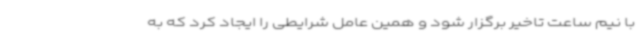
با نیم ساعت تاخیر برگزار شود و همین عامل شرایطی را ایجاد کرد که به